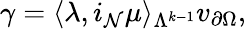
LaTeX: \gamma=\langle\lambda,i_{\mathcal{N}}\mu\rangle_{\Lambda^{k-1}}v_{\partial\Omega},